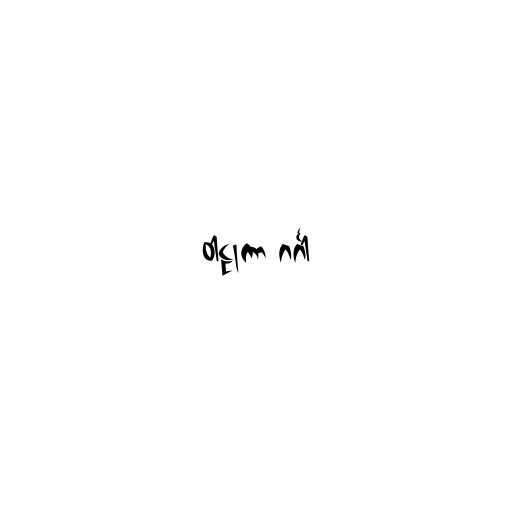
ဝါဠုကာ ဂင်္ဂါ